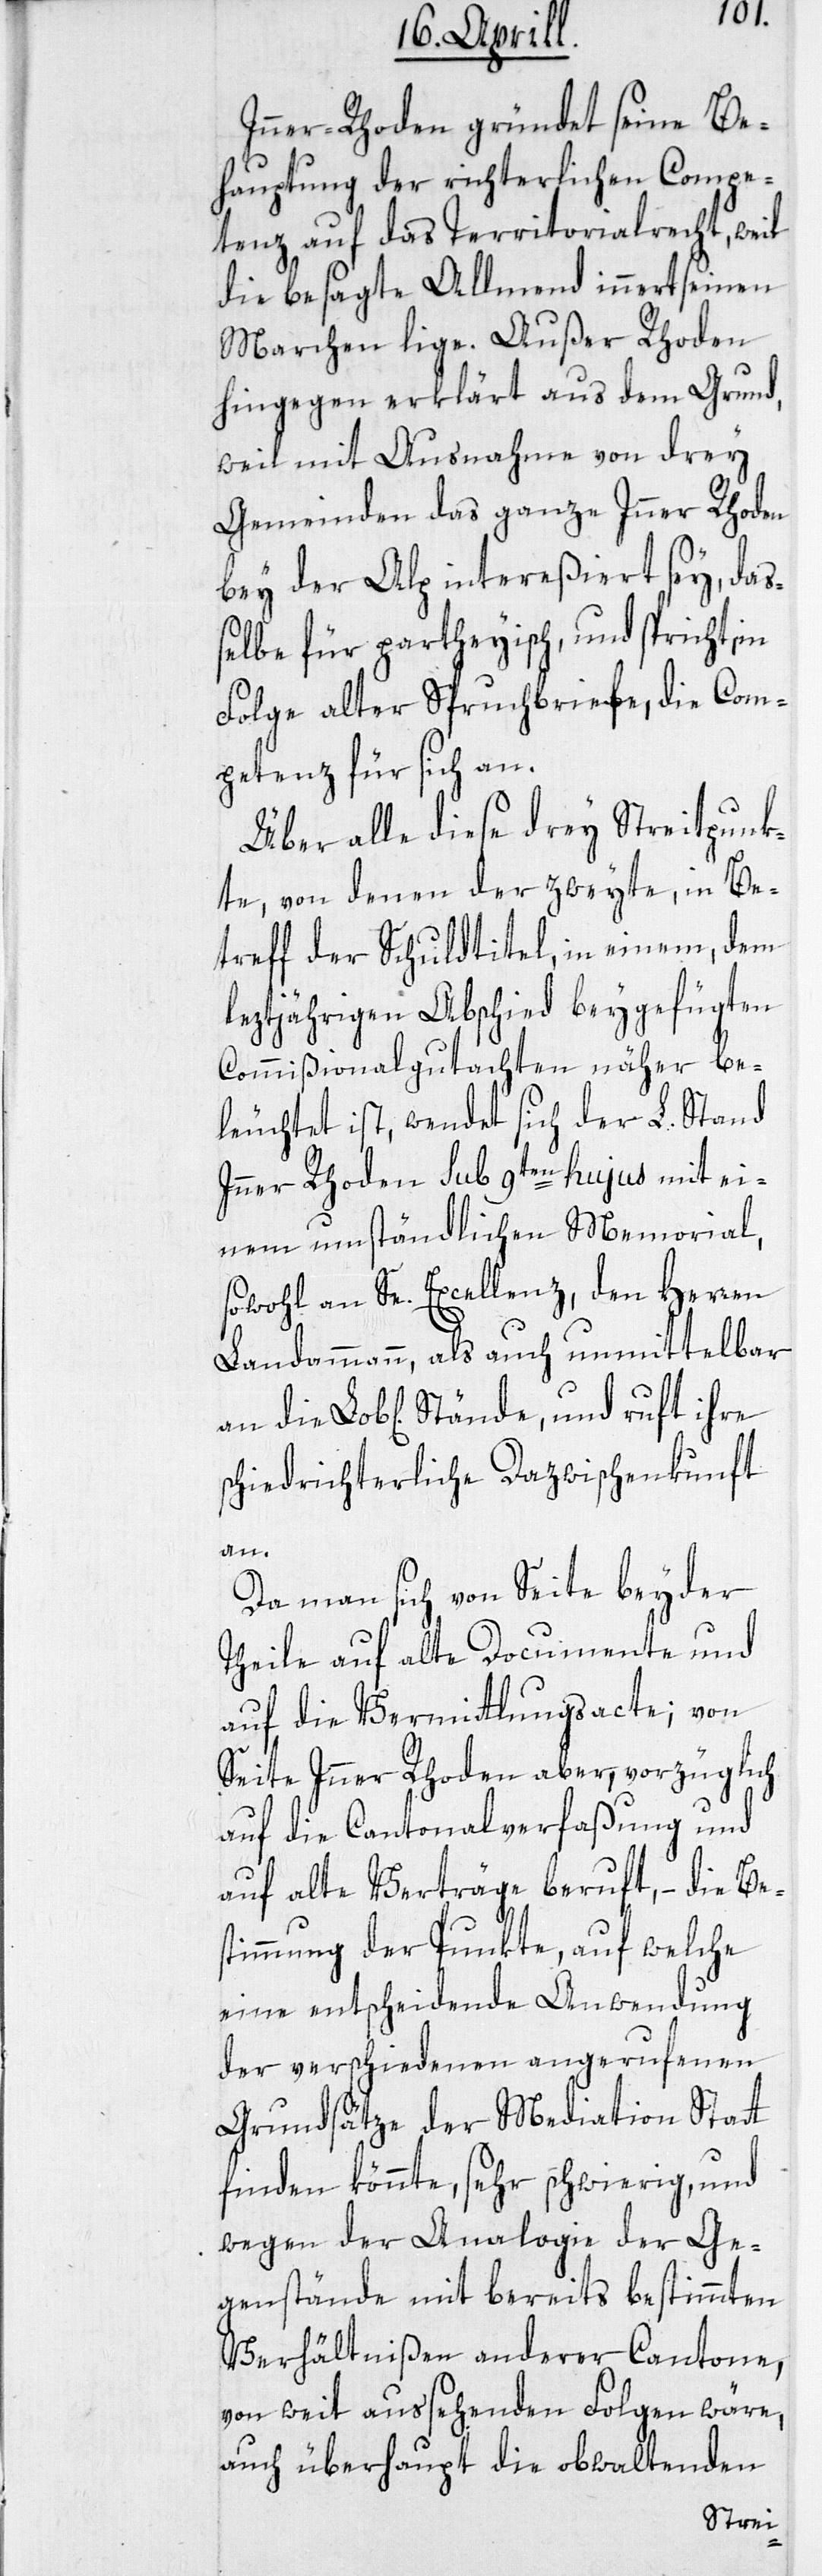
Inner-Rhoden gründet seine Be¬
hauptung der richterlichen Compe¬
tenz auf das Territorialrecht, weil
die besagte Allmend innert seinen
Marchen lige. Außer Rhoden
hingegen erklärt aus dem Grund,
weil mit Ausnahme von drey
Gemeinden das ganze Inner Rhoden
bey der Alp intereßiert sey, das¬
selbe für partheyisch, und spricht, in
Folge alter Spruchbriefe, die Com¬
petenz für sich an.
Über alle diese drey Streitpunk¬
te, von denen der zweyte, in Be¬
treff der Schuldtitel, in einem, dem
leztjährigen Abschied beygefügten
Commißionalgutachten näher be¬
leuchtet ist, wendet sich der L Stand
Inner Rhoden sub 9ten hujus mit ei¬
nem umständlichen Memorial,
sowohl an Se. Excellenz, den Herren
Landammann, als auch unmittelbar
schiedrichterliche Dazwischenkunft
an.
Da man sich von Seite beyder
Theile auf alte Documente und
auf die Vermittlungsacte; von
Seite Inner Rhoden aber, vorzüglich
auf die Cantonalverfaßung und
auf alte Verträge beruft, – die Be¬
stimmung der Punkte, auf welche
eine entscheidende Anwendung
der verschiedenen angerufenen
Grundsätze der Mediation Statt
finden könnte, sehr schwierig, und
wegen der Analogie der Ge¬
genstände mit bereits bestimmten
Verhältnißen anderer Cantone,
von weit aussehenden Folgen wäre,
auch überhaupt die obwaltenden